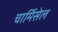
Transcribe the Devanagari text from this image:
चार्मिसेल